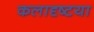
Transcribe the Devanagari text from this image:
कलादृष्टया